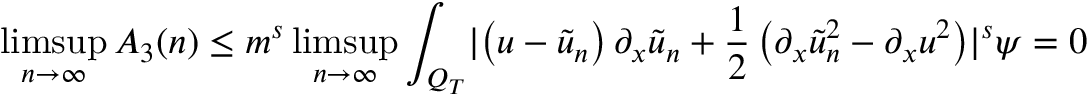
\operatorname* { l i m s u p } _ { n \rightarrow \infty } A _ { 3 } ( n ) \leq m ^ { s } \operatorname* { l i m s u p } _ { n \rightarrow \infty } \int _ { Q _ { T } } \lvert \left( u - \tilde { u } _ { n } \right) \partial _ { x } \tilde { u } _ { n } + \frac { 1 } { 2 } \left( \partial _ { x } \tilde { u } _ { n } ^ { 2 } - \partial _ { x } u ^ { 2 } \right) \rvert ^ { s } \psi = 0